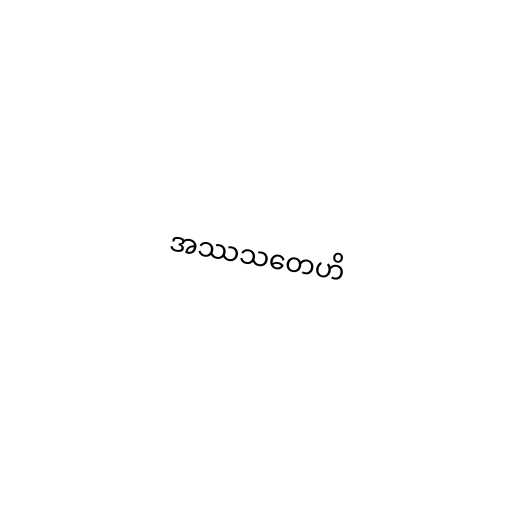
အဿသတေဟိ